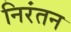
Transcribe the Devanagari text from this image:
निरंतन